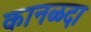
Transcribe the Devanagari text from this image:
कानळदा